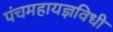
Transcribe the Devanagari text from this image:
पंचमहायज्ञविधी